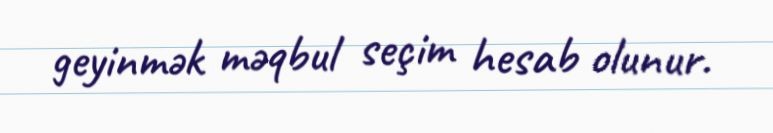
geyinmək məqbul seçim hesab olunur.